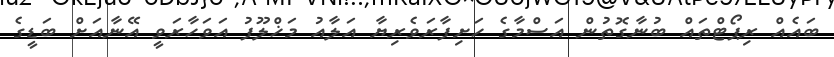
ބައެއް ރިޕޯޓްތައް ބުނާގޮތުން އަސްމާގެ ހަށިފާރަވެރިޔާ އަލާއު މަޚްލޫފު އަވަހާރަވީ އޭނާއަށް ބަޑީގެ